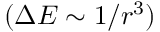
( \Delta E \sim 1 / r ^ { 3 } )